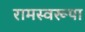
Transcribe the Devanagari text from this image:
रामस्वरूपा